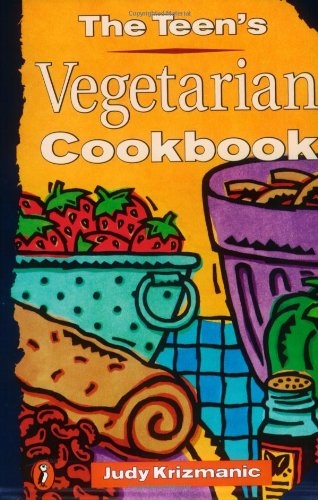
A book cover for The Teen's Vegetarian Cookbook; Judy Krizmanic; Children's Books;